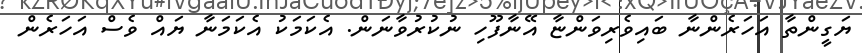
ޔަގީންތާ އަހަރެންނާ ބައިވެރިވަންޏާ އޭނާފޫހި ނުކުރުވާނަން. އެކަމަކު އެކަމަނާ ޔަައްް ވެސް އަހަރެން